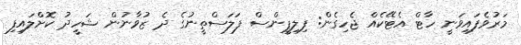
މަރުވެފައިވަނީ ހާޓް އެޓޭކެއް ޖެހިގެން: ފިލިޕީންސް ފަލަސްތީނުގެ ދެ ޒުވާނުން ޝަހީދު ކޮށްލައިފި